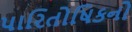
પારિતોષિકનો